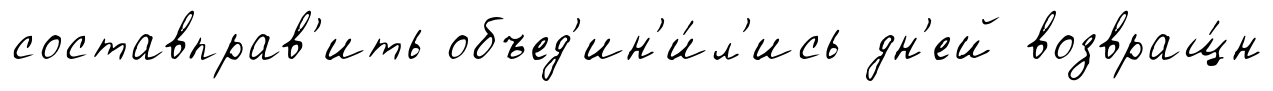
составправ'ить объед'ин'и́л'ись дн'ей возвращ́н